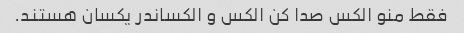
فقط منو الکس صدا کن الکس و الکساندر یکسان هستند.